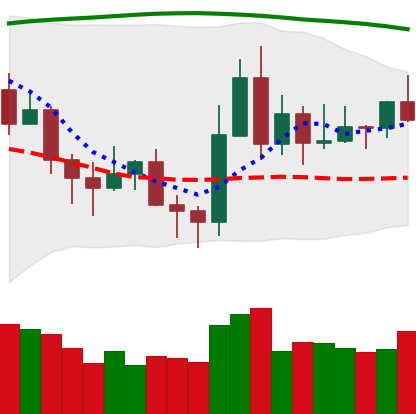
Ticker: XLM-USD
Chart end date: 2020-11-14
Forward return: 3.386%
Label: up_3_5